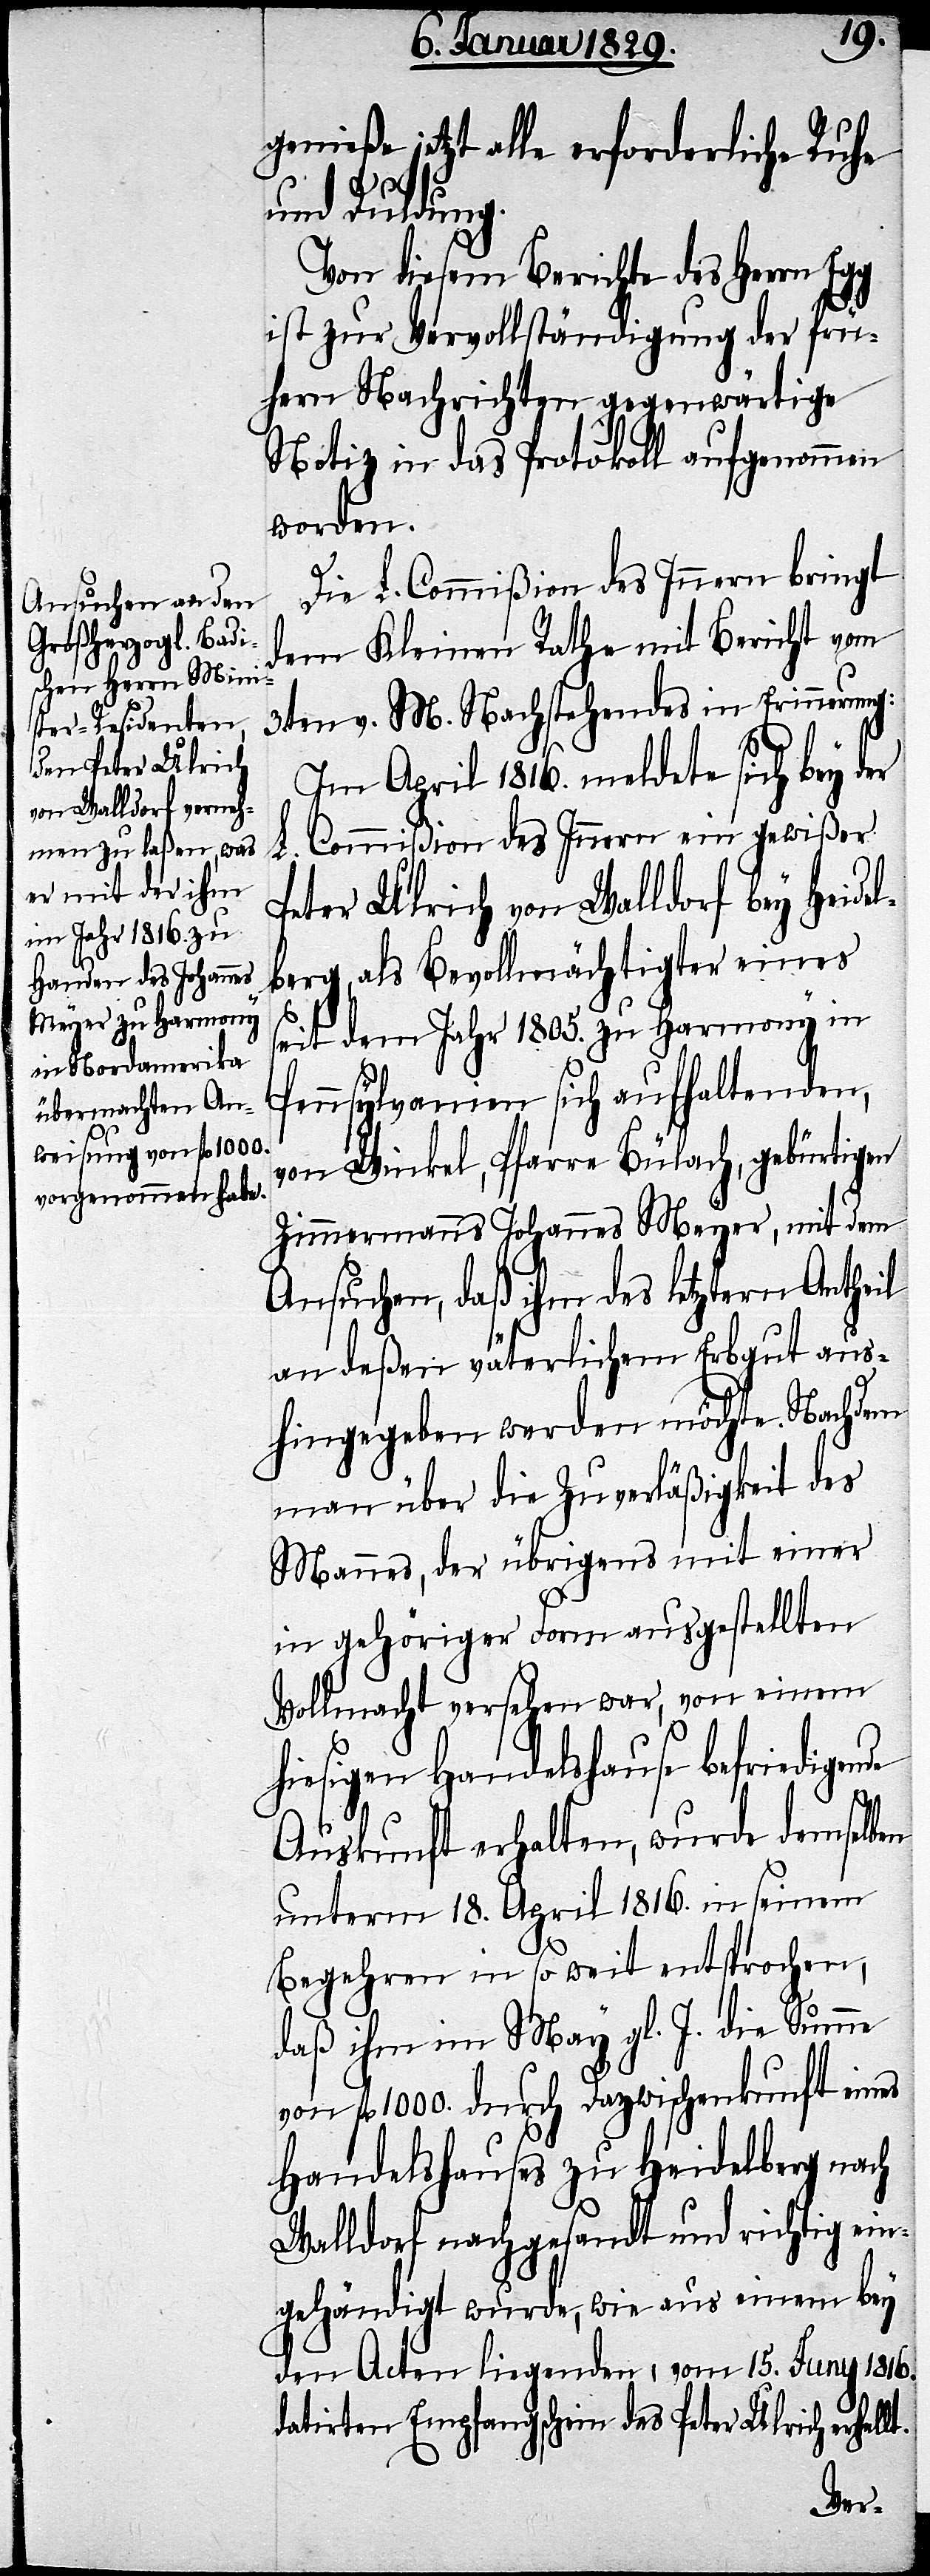
genieße jetzt alle erforderliche Ruhe
und Duldung.
Von diesem Berichte des Herrn Egg
ist zu Vervollständigung der frü¬
hern Nachrichten gegenwärtige
Notiz in das Protokoll aufgenommen
worden.
Die L. Commißion des Innern bringt
dem Kleinen Rathe mit Bericht vom
3ten v. M. Nachstehendes in Erinnerung:
Im April 1816. meldete sich bey der
Commißion des Innern ein gewißer
L.
Pater Ulrich von Walldorf bey Heide¬
lberg, als Bevollmächtigter eines
seit dem Jahr 1805. zu Harmony in
Pennsylvanien sich aufhaltenden,
von Winkel, Pfarre Bülach, gebürtigen
lt.
Zimmermanns Johannes Meyer, mit dem
Ansuchen, daß ihm des letztern Antheil
an deßen väterlichem Erbgut aus¬
hingegeben werden möchte. Nachdem
man über die Zuverläßigkeit des
Mannes, der übrigens mit einer
in gehöriger Form ausgestellten
Vollmacht versehen war, von einem
hiesigem Handelshause befriedigende
Auskunft erhalten, wurde demselben
unterm 18. April 1816. in seinem
Begehren in so weit entsprochen,
daß ihm im May gl. J. die Summe
von fl. 1000 durch Dazwischenkunft eines
Handelshauses zu Heidelberg nach
Walldorf nachgesandt und richtig ein¬
gehändigt wurde, wie aus einem bey
den Acten liegenden, vom 15. Juny 1816.
datirten Empfangschein des Pater Ulrich erhel¬